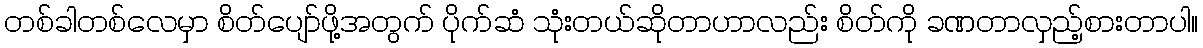
တစ်ခါတစ်လေမှာ စိတ်ပျော်ဖို့အတွက် ပိုက်ဆံ သုံးတယ်ဆိုတာဟာလည်း စိတ်ကို ခဏတာလှည့်စားတာပါ။